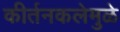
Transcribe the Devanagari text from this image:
कीर्तनकलेमुळे